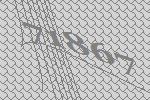
71867